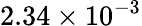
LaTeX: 2.34\times 10^{-3}